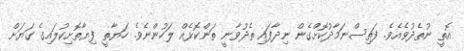
އޮތީ ނުތެދުވެއެވެ. ފަތިސްނަމާދުކޮށްގެން ނިދާފައި ތެދުވާނީ ތަންކޮޅެއް ލަހުންނެވެ. ހަޔާތީ ފިޔާތޮށިކުލައިގެ ގަޔަށް